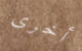
أخرى